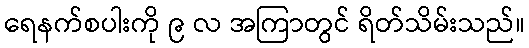
ရေနက်စပါးကို ၉ လ အကြာတွင် ရိတ်သိမ်းသည်။